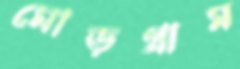
মোড়গ্রাম